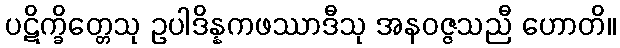
ပဋိက္ခိတ္တေသု ဥပါဒိန္နကဖဿာဒီသု အနဝဇ္ဇသညီ ဟောတိ။